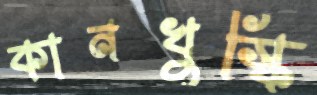
কানখুস্কি